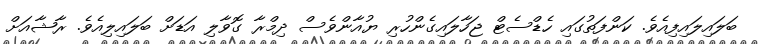
ބަލައިލައިފިއެވެ. ކަންފަތުގައި ހެޑްސެޓް ޖަހާލައިގެންހުރި ޔުއާންވެސް ދިމްރާ ގޮވާލި އަޑަށް ބަލައިލިއެވެ. ރާޝާއަށް